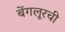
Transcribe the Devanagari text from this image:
बेंगलूरची